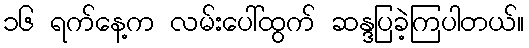
၁၆ ရက်နေ့က လမ်းပေါ်ထွက် ဆန္ဒပြခဲ့ကြပါတယ်။